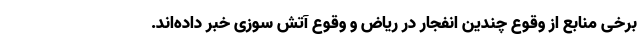
برخی منابع از وقوع چندین انفجار در ریاض و وقوع آتش سوزی خبر داده‌اند.